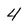
Character: 4